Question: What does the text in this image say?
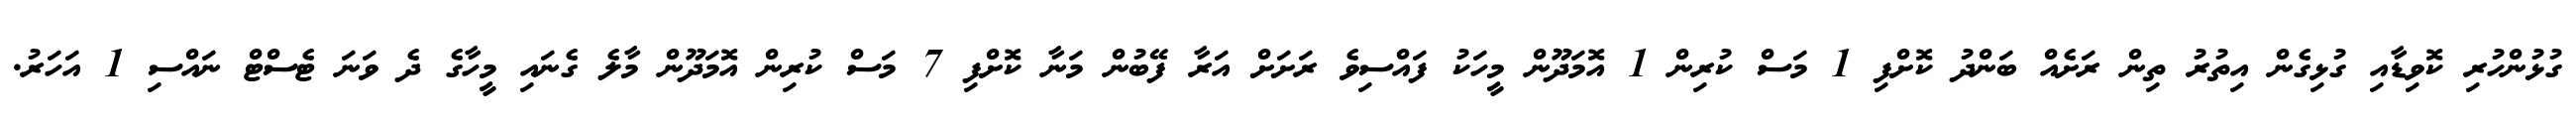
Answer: ގުޅުންހުރި ކޮވިޑާއި ގުޅިގެން އިތުރު ތިން ރަށެއް ބަންދު ކޮށްފި 1 މަސް ކުރިން 1 އޮމަދޫން މީހަކު ފައްސިވެ ރަށަށް އަރާ ފޭބުން މަނާ ކޮށްފި 7 މަސް ކުރިން އޮމަދޫން މާލެ ގެނައި މީހާގެ ދެ ވަނަ ޓެސްޓް ނައްސި 1 އަހަރު.